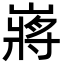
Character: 嶈